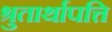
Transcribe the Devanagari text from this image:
श्रुतार्थापत्ति